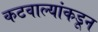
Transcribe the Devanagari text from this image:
कटवाल्यांकडून